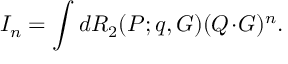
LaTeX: I _ { n } = \int d { \cal R } _ { 2 } ( P ; q , G ) ( Q \! \cdot \! G ) ^ { n } .